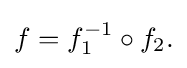
\displaystyle {f=f_{1}^{-1}\circ f_{2}.}